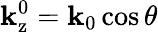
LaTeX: \mathbf{k}_{\mathrm{{z}}}^{0}=\mathbf{k}_{0}\cos\theta